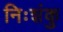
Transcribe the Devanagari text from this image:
निःशंकु